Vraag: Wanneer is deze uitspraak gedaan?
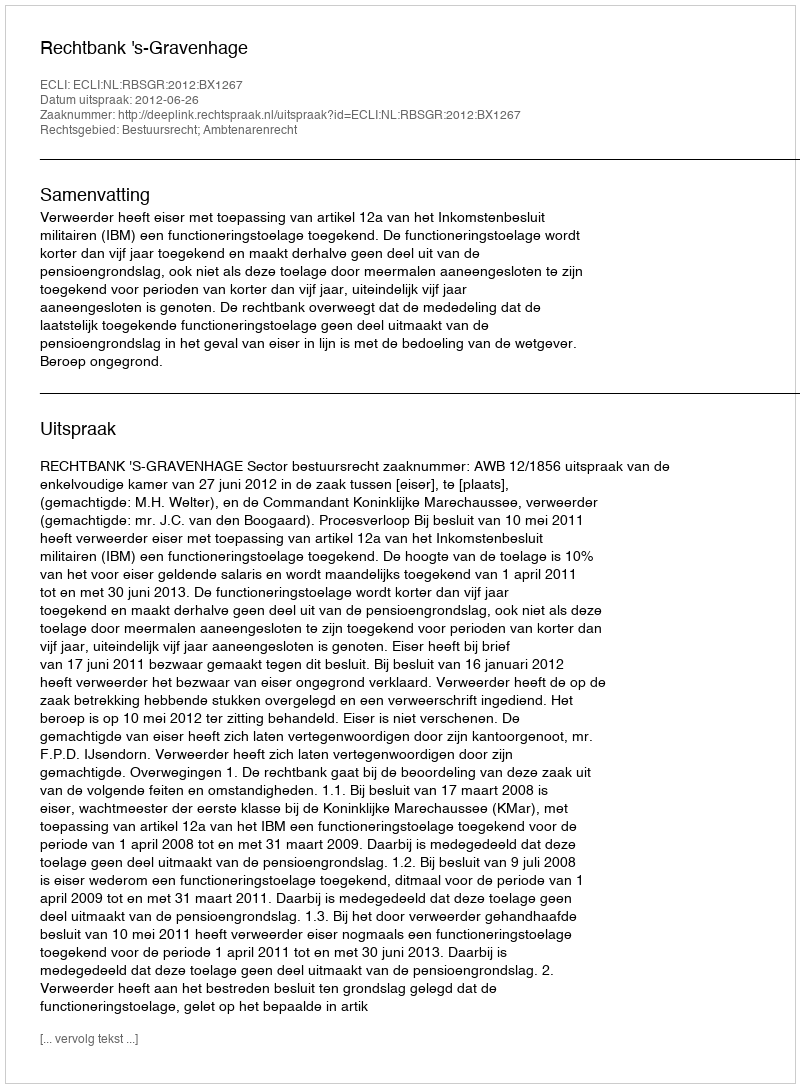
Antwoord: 2012-06-26